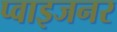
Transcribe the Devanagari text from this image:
प्वाइजनर